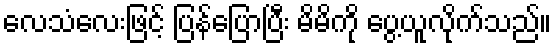
လေသံလေးဖြင့် ပြန်ပြောပြီး မိမိကို ပွေ့ယူလိုက်သည်။